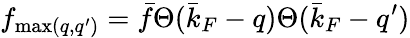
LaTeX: f_{\operatorname*{max}(q,q^{\prime})}=\bar{f}\Theta(\bar{k}_{F}-q)\Theta(\bar{k}_{F}-q^{\prime})